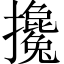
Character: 攙